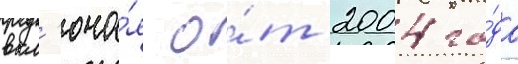
вкл'юча́я о́т 2004 го́да